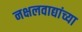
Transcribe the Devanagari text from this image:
नक्षलवाद्यांच्या